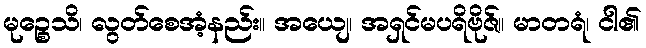
မုဉ္စေသိ၊ လွတ်စေအံ့နည်း။ အယျေ၊ အရှင်မပရိဗိုဇ်။ မာတရံ၊ ငါ၏